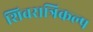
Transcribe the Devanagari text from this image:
शिवरात्रिकल्प